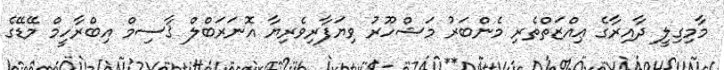
މާމިގިލީ ދާއިރާގެ ޢިއްޒަތްތެރި މެންބަރު މަޝްހޫރު ވިޔަފާރިވެރިޔާ އޮނަރަބްލް ޤާސިމް އިބްރާހީމް މޭޑޭގެ